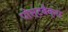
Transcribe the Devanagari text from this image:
पोस्टबैक्स